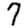
Digit: 7